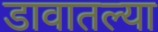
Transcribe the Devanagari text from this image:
डावातल्या